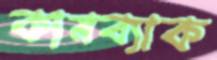
কামব্যাক